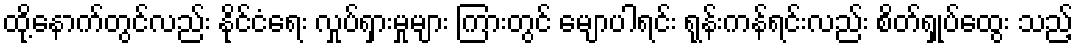
ထို့နောက်တွင်လည်း နိုင်ငံရေး လှုပ်ရှားမှုများ ကြားတွင် မျောပါရင်း ရုန်းကန်ရင်းလည်း စိတ်ရှုပ်ထွေး သည့်